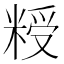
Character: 𮇨